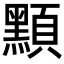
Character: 𪑸